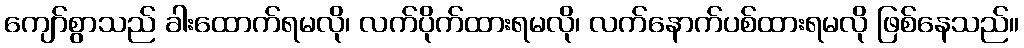
ကျော်စွာသည် ခါးထောက်ရမလို၊ လက်ပိုက်ထားရမလို၊ လက်နောက်ပစ်ထားရမလို ဖြစ်နေသည်။